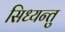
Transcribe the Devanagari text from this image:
सिध्यन्तु